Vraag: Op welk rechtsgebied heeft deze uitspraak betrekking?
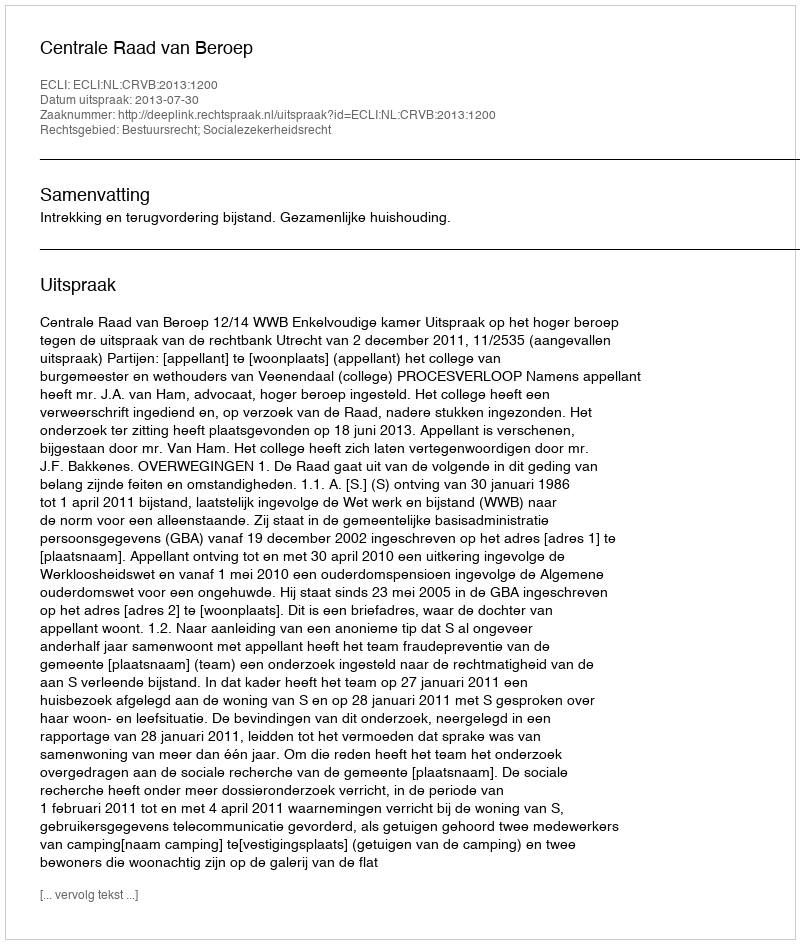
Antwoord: Bestuursrecht; Socialezekerheidsrecht